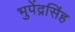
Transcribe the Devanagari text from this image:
भुपेंद्रसिंह